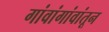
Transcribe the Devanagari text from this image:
गांवांगांवांतून